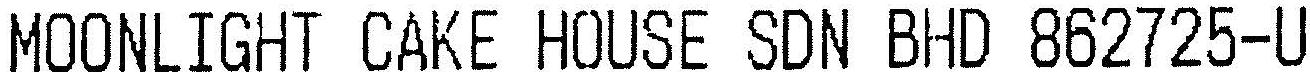
MOONLIGHT CAKE HOUSE SDN BHD 862725-U